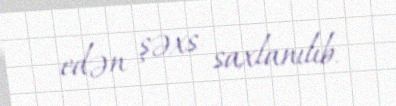
edən şəxs saxlanılıb.